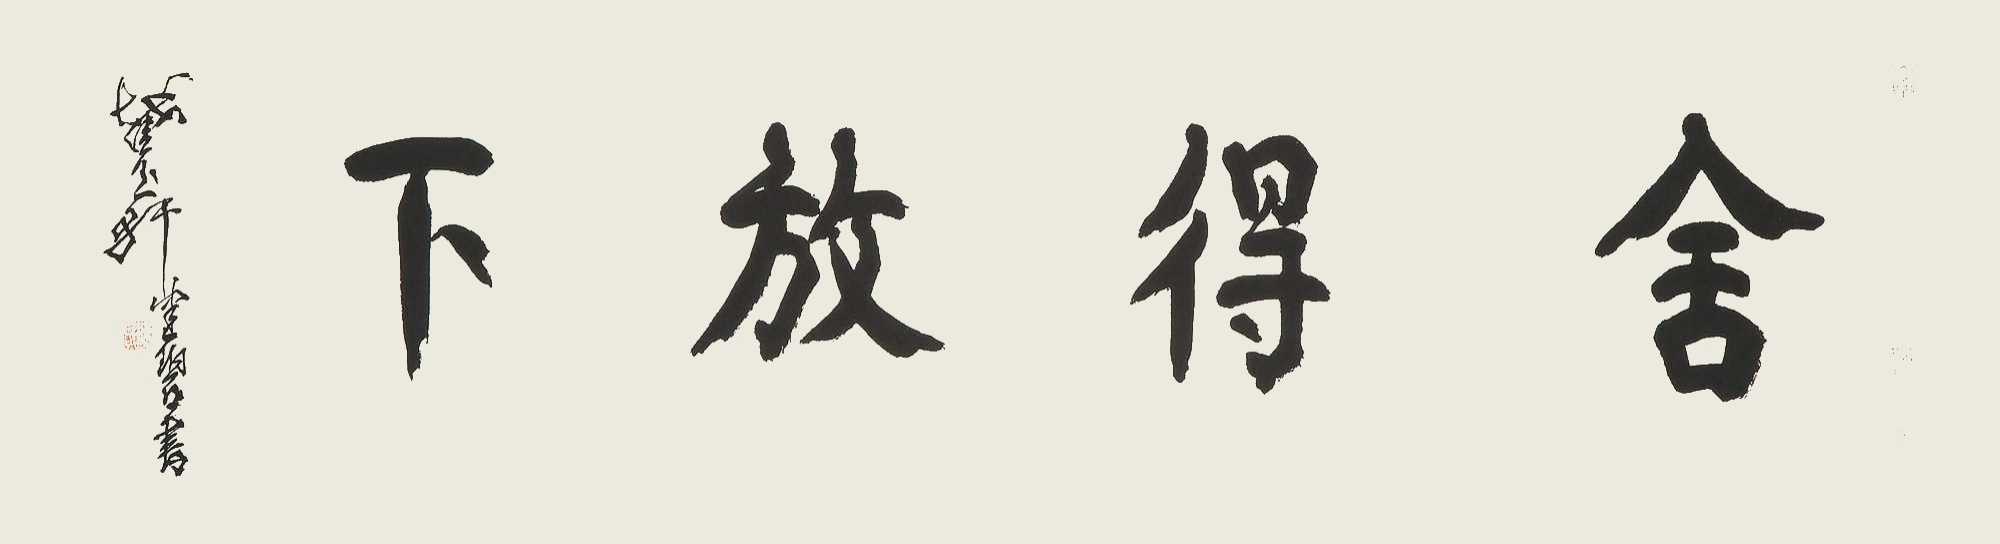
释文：舍得放下。截玉轩健碧书。